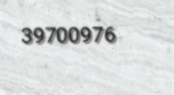
39700976